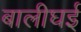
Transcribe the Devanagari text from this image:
बालीघई